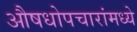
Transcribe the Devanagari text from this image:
औषधोपचारांमध्ये